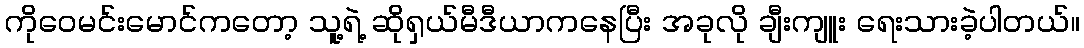
ကိုဝေမင်းမောင်ကတော့ သူ့ရဲ့ ဆိုရှယ်မီဒီယာကနေပြီး အခုလို ချီးကျူး ရေးသားခဲ့ပါတယ်။